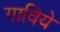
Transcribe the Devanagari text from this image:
गाविये